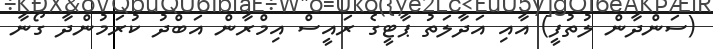
(ސަންދާން ލުތުފީ) އާއި އަދާލަތު ޕާޓީގެ ރައީސް އިމްރާން އަބްދު ކުރަމުންދާ ގޯނާ